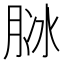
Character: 𦚝